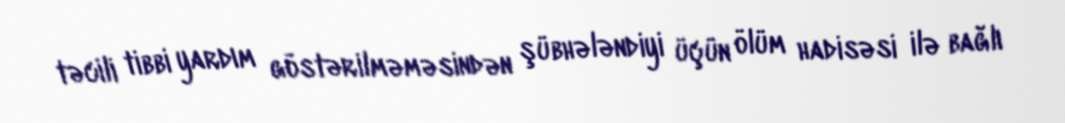
təcili tibbi yardım göstərilməməsindən şübhələndiyi üçün ölüm hadisəsi ilə bağlı